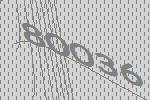
80036